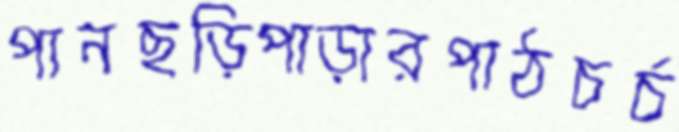
পানছড়িপাড়ারপাঠচর্চ